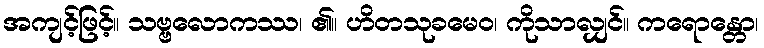
အကျင့်ဖြင့်။ သဗ္ဗလောကဿ၊ ၏။ ဟိတသုခမေဝ၊ ကိုသာလျှင်။ ကရောန္တော၊